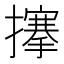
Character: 𢷘